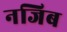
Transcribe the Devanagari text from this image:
नजिब